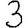
Digit: 3